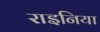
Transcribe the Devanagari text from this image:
राइनिया